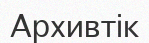
Архивтік